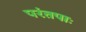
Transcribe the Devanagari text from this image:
परंतपाः